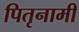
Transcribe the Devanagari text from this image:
पितृनामी